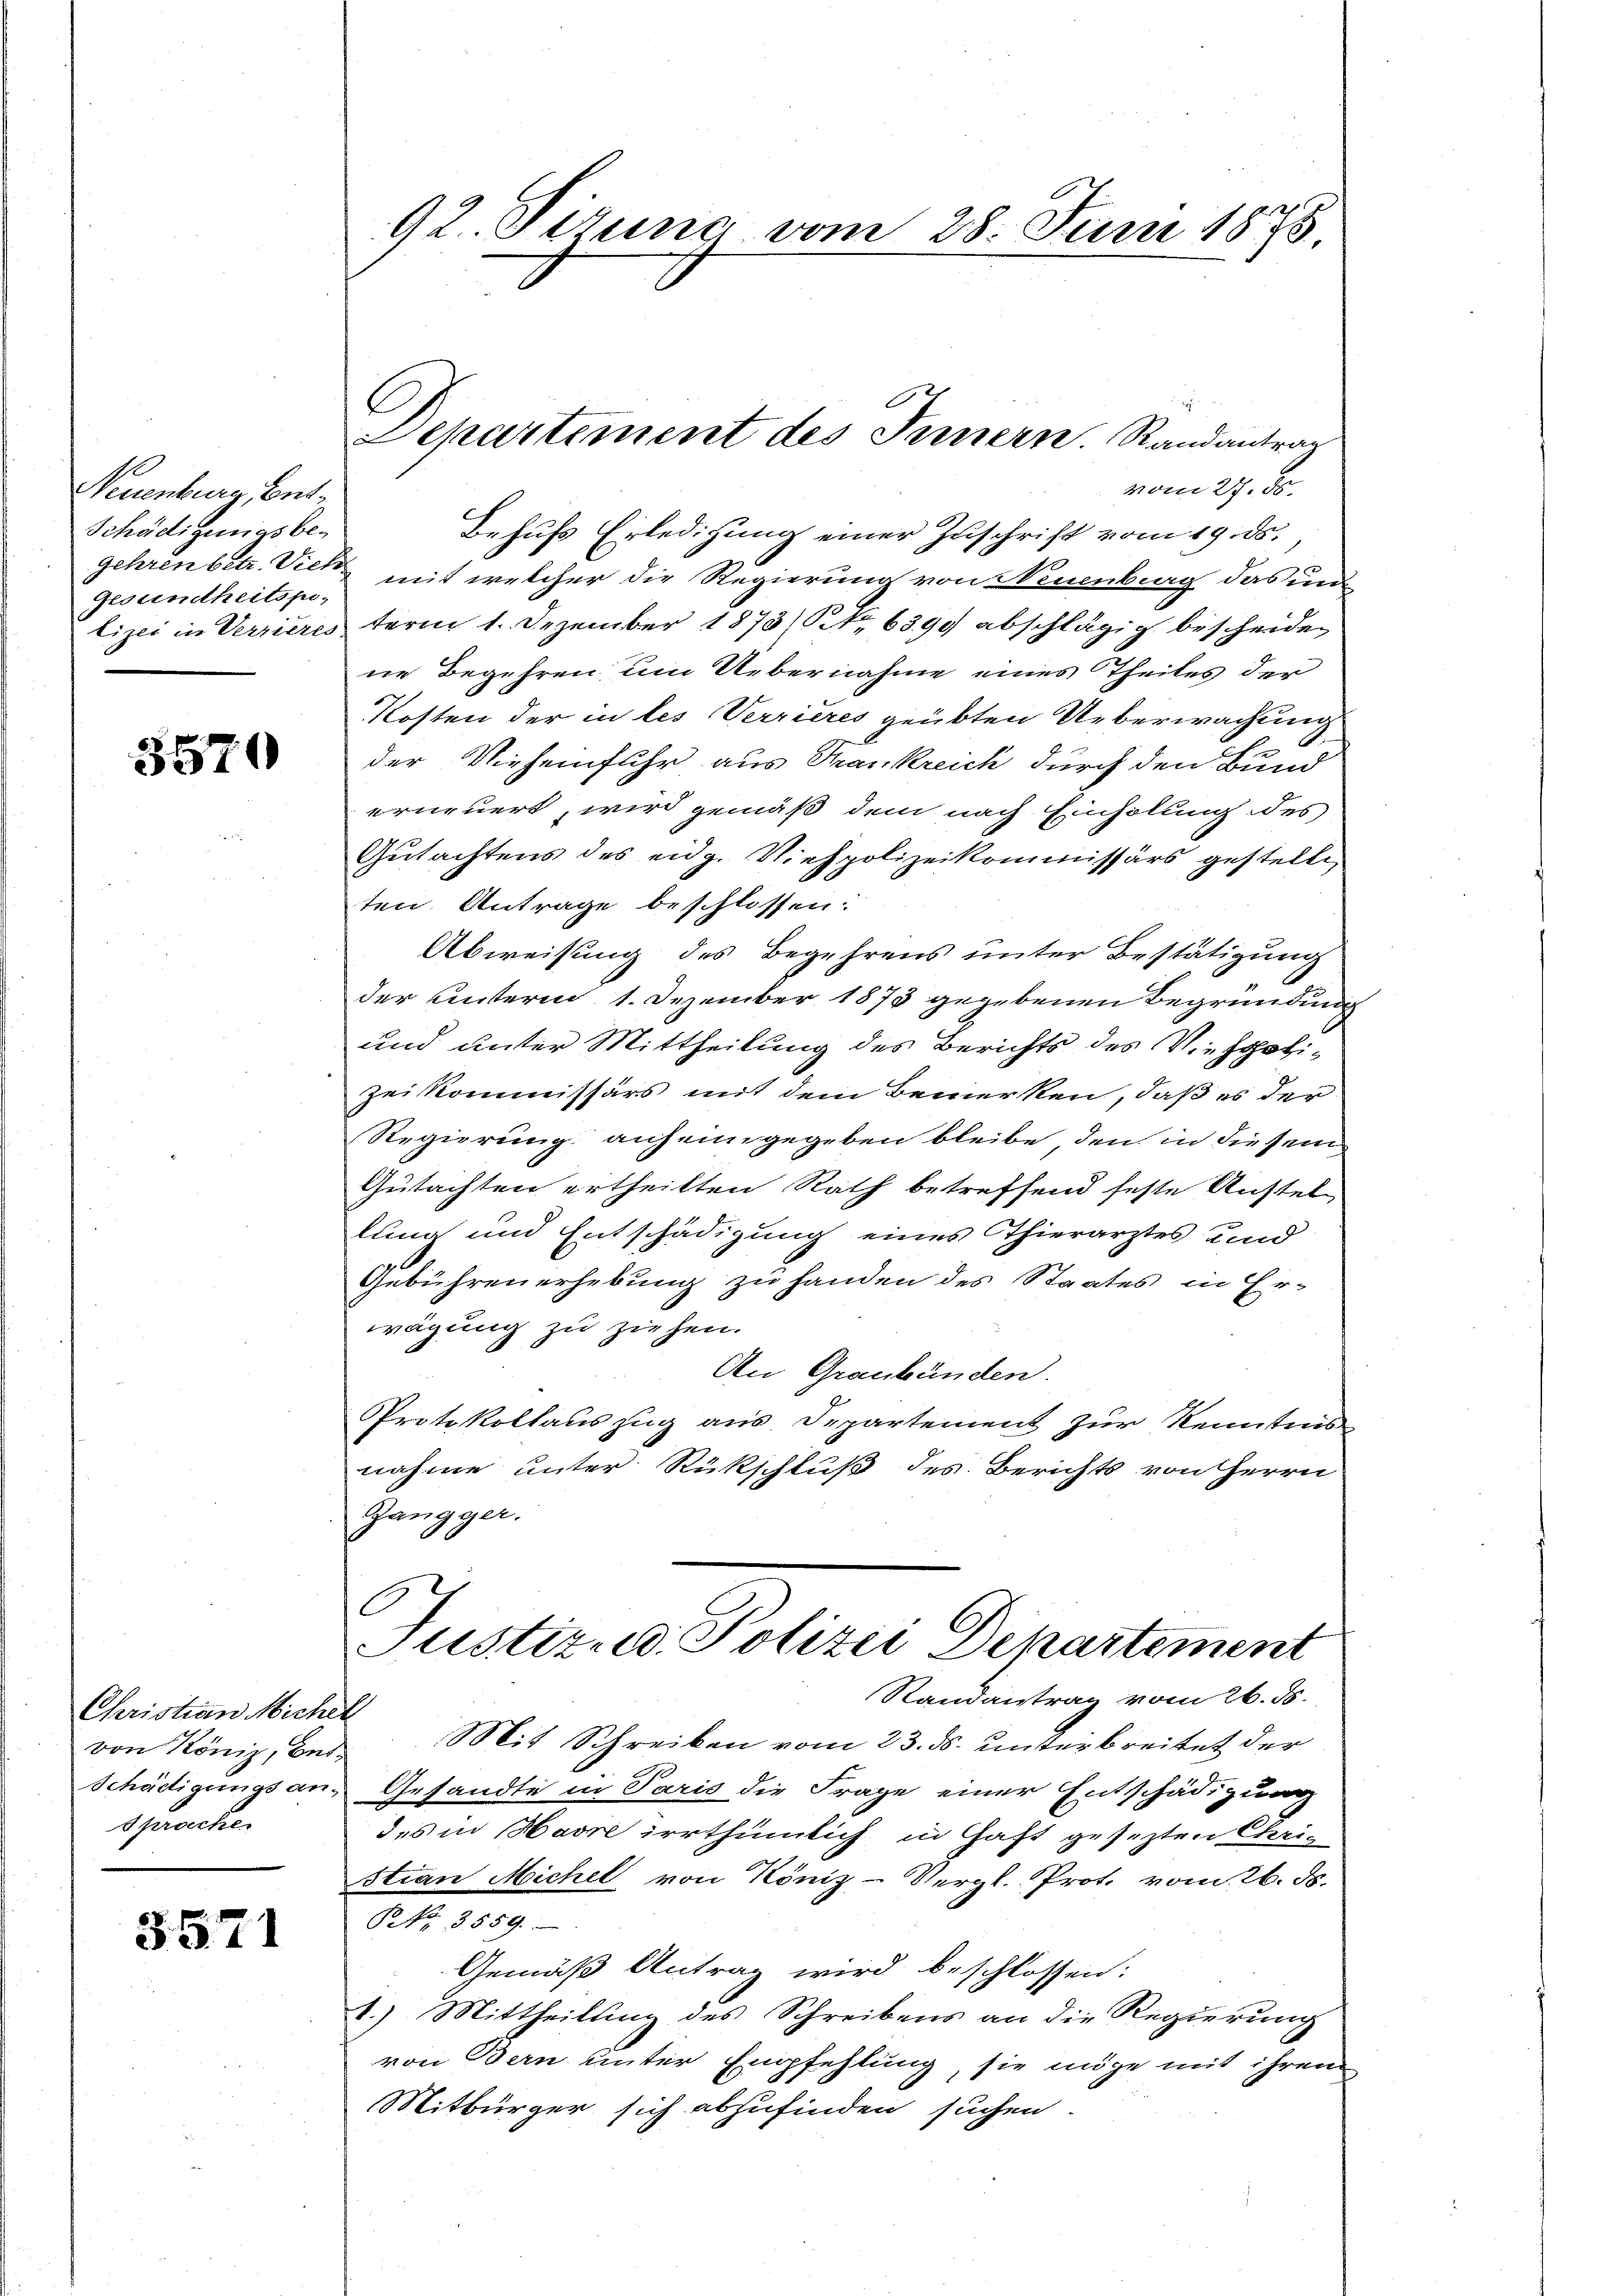
Neuenburg, Ent¬
Schädigungsbe¬
Gesundheitspi¬

3570

Christian Michel
von König, Bet
Sprache.

3571

92. Sirung vom 28. Juni 1878

vom 27. ds.
Behufs Erledigung einer Zuschrift vom 19. ds.,
gehren betr. Viel mit welcher die Regierung von Neuenburg das un
lizei in Verrieresterm 1. Dezember 1873 (Nr. 6390 abschlägig bescheiden
ne Begehren um Uebernahme eines Theiles der
Kosten der in les Verrieres geübten Ueberwachung
E
der Vieheinfuhr aus Trankreich durch den Bund
erneuert, wird gemäß dem nach Einholung des
Gutachtens des eidg. Viehpolizeikommissärs gestelle,
ten. Antrage beschlossen:
Abweisung des Begehrens unter Bestätigung
der unterm 1. Dezember 1875 gegebenen Begründung
und unter Mittheilung des Berichts des Viehpoli¬
Zeikommissärs mit dem Bemerken, daß es der
Regierung auf eingegeben bleibe, den in diesem
Gutachten ertheilten Rath betreffend feste Anstel
lung und Entschädigung eines Thierarztes und
Gebühren erhebung zu handen des Staates in Er-
wägung zu ziehen.
An Graubünden.
Protokollauszug aus Departement zur Kenntens
nahme unter Rückschluß des Berichts von Herrn
Gangger.
C
Justizud Polizei Departement
Randantrag vom 26. ds.
Mit Schreiben vom 23. ds. unterbreitet der
Schädigungsans Gesandte in Paris die Frage einer Entschädigung
des in Havre irrthümlich in Saft gesezten Chris
stian Michel von Köniz-Vergl. Prot. vom 26. ds.
P. Nr. 3559.
Gemäß Antrag wird beschlossen:
1.) Mittheilung des Schreibens an die Regierung
von Bern unter Empfehlung, sie möge mit ihrem
Mitbürger sich abzufinden suchen.

C
Departement des Innern. Randantrag